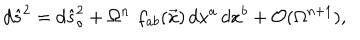
LaTeX: d { \hat { s } } ^ { 2 } = d { \hat { s } } _ { \circ } ^ { 2 } + \Omega ^ { n } \, \, f _ { a b } ( \vec { x } ) \, d x ^ { a } \, d x ^ { b } + { \cal O } ( \Omega ^ { n + 1 } ) ,